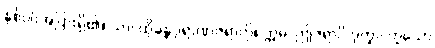
နှစ်ပါးအပြားရှိ၏။ သာ၊ ထိုခန္ဓပုရာဏဇရာကို။ ဣဓ၊ ဤဇရာပိ ဒုက္ခာ၊ ဟူသော